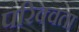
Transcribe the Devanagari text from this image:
परिक्वता